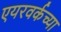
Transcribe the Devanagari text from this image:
एयरवर्कच्या